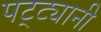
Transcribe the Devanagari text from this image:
पट्ट्यानी